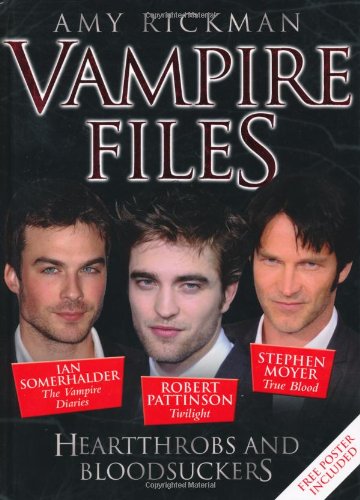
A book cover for Vampire Files: Heartthrobs and Bloodsuckers; Amy Rickman; Teen & Young Adult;